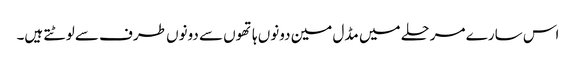
اس سارے مرحلے میں مڈل مین دونوں ہاتھوں سے دونوں طرف سے لوٹتے ہیں۔